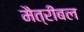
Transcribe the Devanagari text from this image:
मैत्रीबल